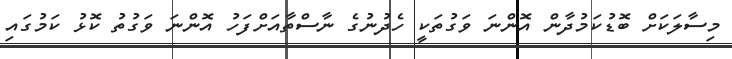
މިސާލަކަށް ބޮޑުކަމުދާން އޮންނަ ވަގުތަކީ ހެދުނުގެ ނާސްތާއަށްފަހު އޮންނަ ވަގުތު ކޮޅު ކަމުގައި